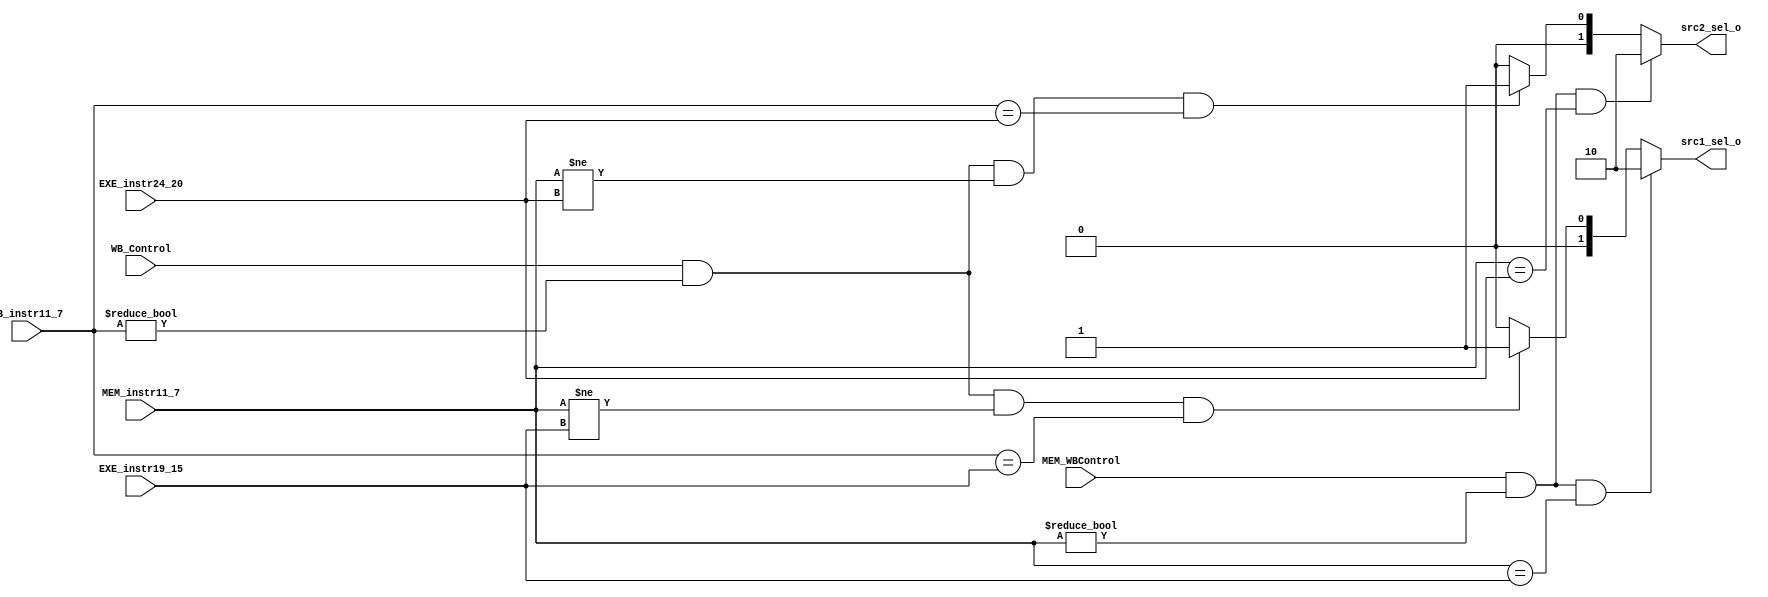
// Done
module ForwardingUnit (EXE_instr19_15, EXE_instr24_20, MEM_instr11_7, MEM_WBControl, WB_instr11_7, WB_Control, src1_sel_o, src2_sel_o);

    input [5-1:0] EXE_instr19_15, EXE_instr24_20, MEM_instr11_7, WB_instr11_7;
    input MEM_WBControl, WB_Control;
    output wire [2-1:0] src1_sel_o, src2_sel_o;

    // Alias
    wire [5-1:0] EX_MEM_Rd, MEM_WB_Rd, ID_EX_Rs1, ID_EX_Rs2;
    wire EX_MEM_RegWrite, MEM_WB_RegWrite;

    assign ID_EX_Rs1 = EXE_instr19_15;
    assign ID_EX_Rs2 = EXE_instr24_20;
    assign EX_MEM_Rd = MEM_instr11_7;
    assign MEM_WB_Rd = WB_instr11_7;

    assign EX_MEM_RegWrite = MEM_WBControl;
    assign MEM_WB_RegWrite = WB_Control;

    // Forward A
    assign src1_sel_o = (EX_MEM_RegWrite && (EX_MEM_Rd != 5'b00000) && (EX_MEM_Rd == ID_EX_Rs1)) ? 2'b10 :
           (MEM_WB_RegWrite && (MEM_WB_Rd != 5'b00000) && (EX_MEM_Rd != ID_EX_Rs1) && (MEM_WB_Rd == ID_EX_Rs1))? 2'b01 :
           2'b00;
    // Forward B
    assign src2_sel_o = (EX_MEM_RegWrite && (EX_MEM_Rd != 5'b00000) && (EX_MEM_Rd == ID_EX_Rs2)) ? 2'b10 :
           (MEM_WB_RegWrite && (MEM_WB_Rd != 5'b00000) && (EX_MEM_Rd != ID_EX_Rs2) && (MEM_WB_Rd == ID_EX_Rs2))? 2'b01 :
           2'b00;
endmodule